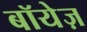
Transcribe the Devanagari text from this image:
बॉयेज़